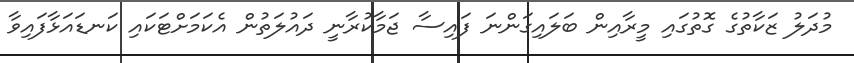
މުދަލު ޒަކާތުގެ ގޮތުގައި މީރާއިން ބަލައިގަންނަ ފައިސާ ޖަމާކުރާނީ ދައުލަތުން އެކަމަށްޓަކައި ކަނޑައަޅާފައިވާ